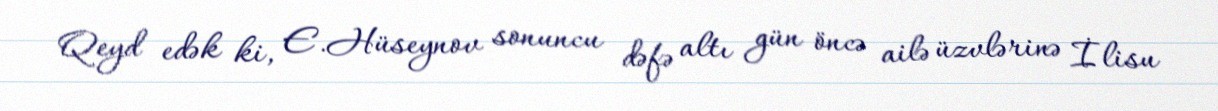
Qeyd edək ki, E.Hüseynov sonuncu dəfə altı gün öncə ailə üzvlərinə İlisu